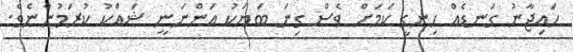
ހައިޖާނު ގަނޑެއް ހިނގީ ކަމަށް ވެސް ގިނަ ބަޔަކު އަންނަނީ ޝައްކު ކުރަމުންނެވެ.